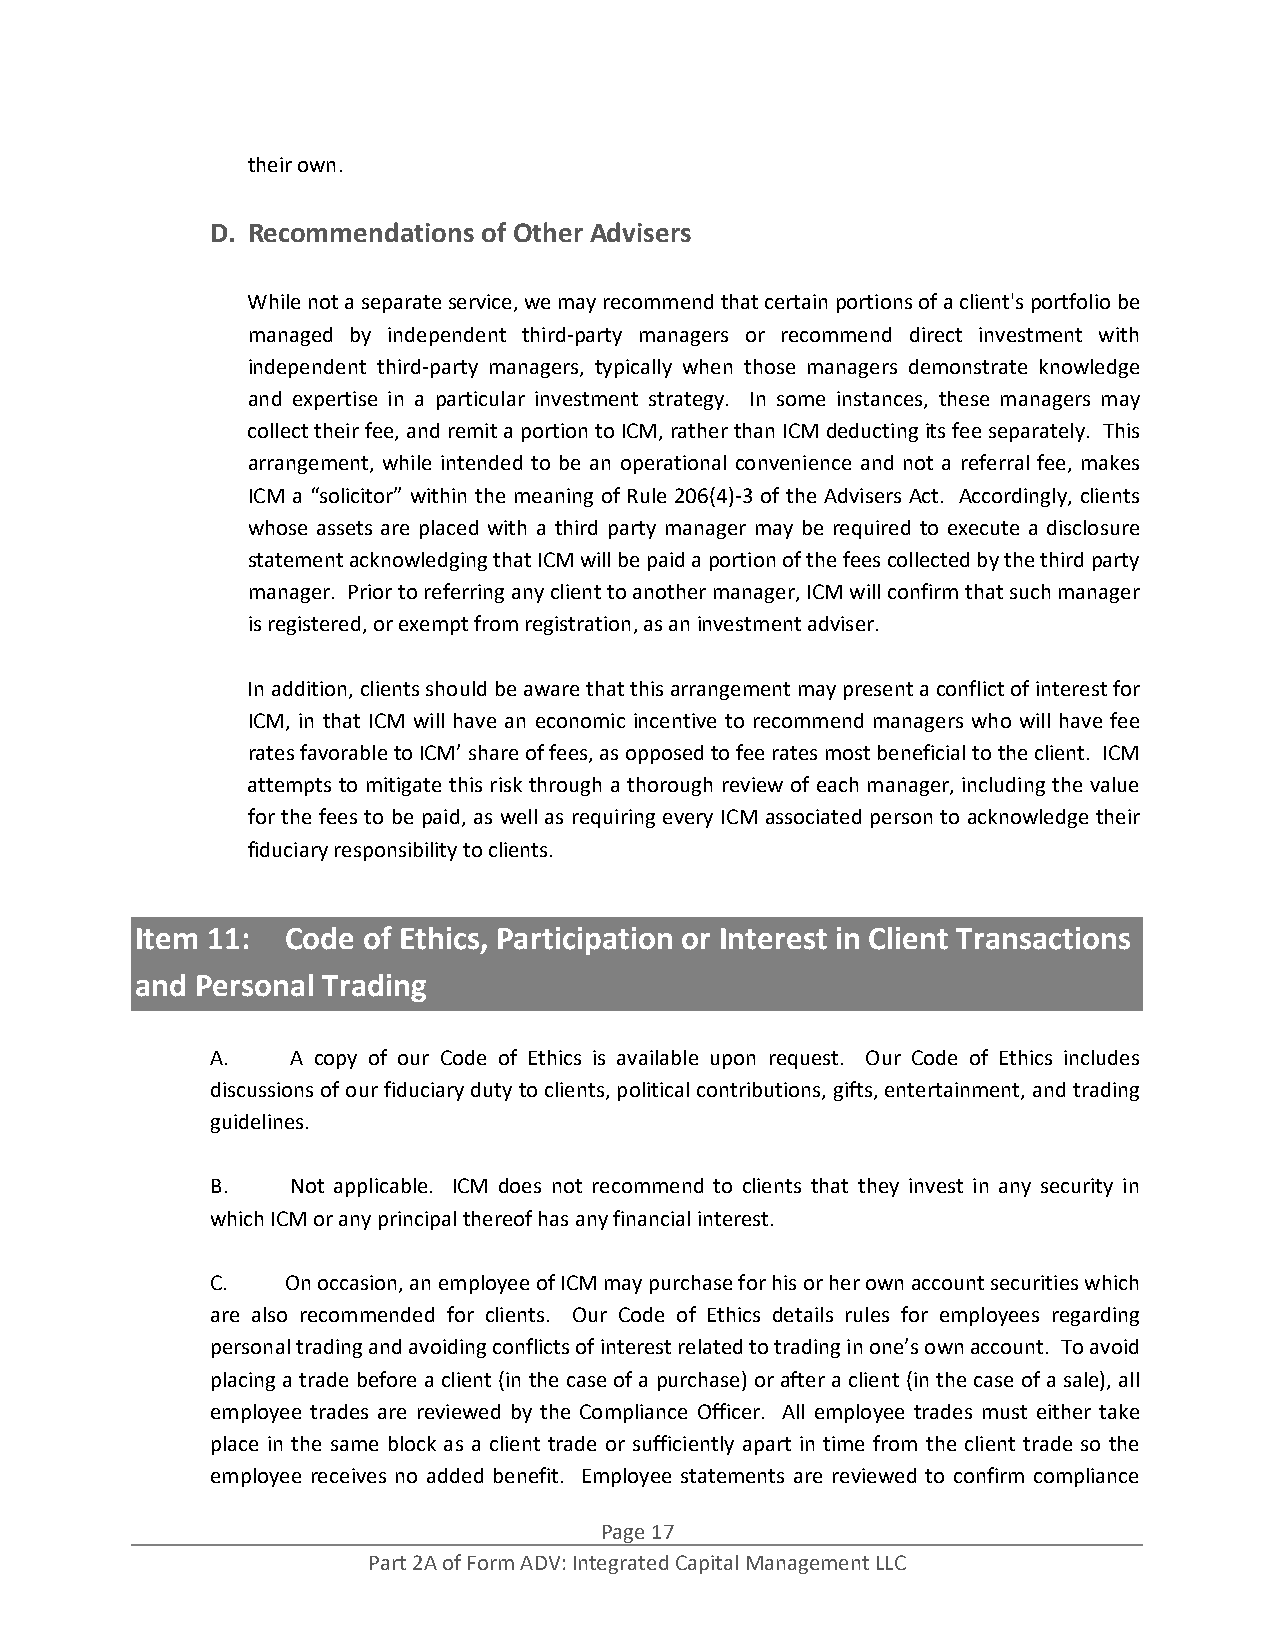
their own.
 D. Recommendations of Other Advisers
 While not a separate service, we may recommend that certain portions of a client's portfolio be
 managed by independent third‐party managers or recommend direct investment with
 independent third‐party managers, typically when those managers demonstrate knowledge
 and expertise in a particular investment strategy. In some instances, these managers may
 collect their fee, and remit a portion to ICM, rather than ICM deducting its fee separately. This
 arrangement, while intended to be an operational convenience and not a referral fee, makes
 ICM a “solicitor” within the meaning of Rule 206(4)‐3 of the Advisers Act. Accordingly, clients
 whose assets are placed with a third party manager may be required to execute a disclosure
 statement acknowledging that ICM will be paid a portion of the fees collected by the third party
 manager. Prior to referring any client to another manager, ICM will confirm that such manager
 is registered, or exempt from registration, as an investment adviser.
 In addition, clients should be aware that this arrangement may present a conflict of interest for
 ICM, in that ICM will have an economic incentive to recommend managers who will have fee
 rates favorable to ICM’ share of fees, as opposed to fee rates most beneficial to the client. ICM
 attempts to mitigate this risk through a thorough review of each manager, including the value
 for the fees to be paid, as well as requiring every ICM associated person to acknowledge their
 fiduciary responsibility to clients.
 Item 11:  Code of Ethics, Participation or Interest in Client Transactions
 and Personal Trading
 A.   A copy of our Code of Ethics is available upon request. Our Code of Ethics includes
 discussions of our fiduciary duty to clients, political contributions, gifts, entertainment, and trading
 guidelines.
 B.   Not applicable. ICM does not recommend to clients that they invest in any security in
 which ICM or any principal thereof has any financial interest.
 C.   On occasion, an employee of ICM may purchase for his or her own account securities which
 are also recommended for clients. Our Code of Ethics details rules for employees regarding
 personal trading and avoiding conflicts of interest related to trading in one’s own account. To avoid
 placing a trade before a client (in the case of a purchase) or after a client (in the case of a sale), all
 employee trades are reviewed by the Compliance Officer. All employee trades must either take
 place in the same block as a client trade or sufficiently apart in time from the client trade so the
 employee receives no added benefit. Employee statements are reviewed to confirm compliance
 Page 17
 Part 2A of Form ADV: Integrated Capital Management LLC